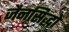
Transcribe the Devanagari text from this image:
जैनसिद्धों